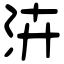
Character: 泋